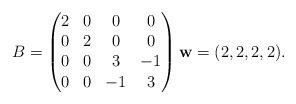
LaTeX: \begin{gather*} B=\left(\begin{matrix} 2&0&0&0\\0&2&0&0\\0&0&3&-1\\0&0&-1&3\end{matrix} \right) \mathbf{w}=(2,2,2,2). \end{gather*}